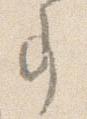
事